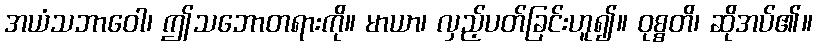
အယံသဘာဝေါ၊ ဤသဘောတရားကို။ မာယာ၊ လှည့်ပတ်ခြင်းဟူ၍။ ဝုစ္စတိ၊ ဆိုအပ်၏။